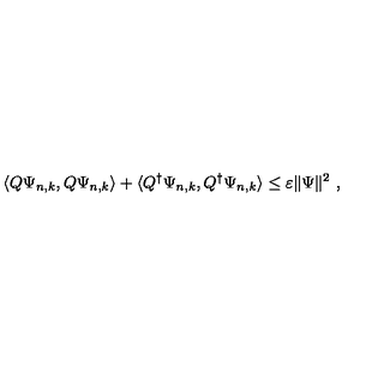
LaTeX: \langle Q \Psi _ { n , k } , Q \Psi _ { n , k } \rangle + \langle Q ^ { \dagger } \Psi _ { n , k } , Q ^ { \dagger } \Psi _ { n , k } \rangle \leq \varepsilon \Vert \Psi \Vert ^ { 2 } \ ,